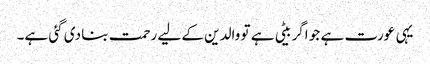
یہی عورت ہے جو اگر بیٹی ہے تو والدین کے لیے رحمت بنا دی گئی ہے۔